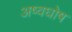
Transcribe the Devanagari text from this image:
अष्वघोष